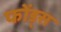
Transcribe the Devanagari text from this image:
फोंड्स